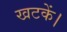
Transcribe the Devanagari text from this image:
खटकें।